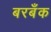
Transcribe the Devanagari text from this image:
बरबँक